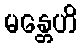
မန္တေဟိ